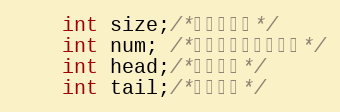
Language: C
	int size;/*队列的大小*/
	int num; /*当前存储数据的大小*/
	int head;/*队列的头*/
	int tail;/*队列的尾*/